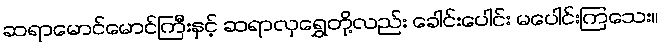
ဆရာမောင်မောင်ကြီးနှင့် ဆရာလှရွှေတို့လည်း ခေါင်းပေါင်း မပေါင်းကြသေး။